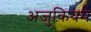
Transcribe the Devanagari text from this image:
अजुकियम